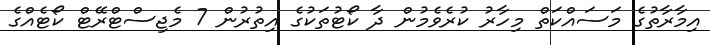
އިމާރާތުގެ މަސައްކަތް މިހާރު ކުރެވެމުން ދާ ކޯޓުތަކުގެ އިތުރުން 7 މެޖިސްޓްރޭޓް ކޯޓެއްގެ